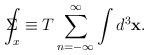
LaTeX: \begin{align*}\Sigma \!\!\!\!\!\!\int_x\equiv T\sum_{n=-\infty }^\infty \int d^3\mathbf{x.}\end{align*}